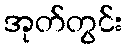
အုတ်တွင်း